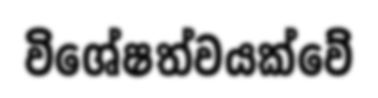
විශේෂත්වයක්වේ